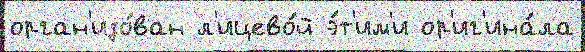
орган'изо́ван л'ицево́й э́т'им'и ор'иг'ина́ла